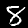
Label: 8